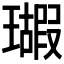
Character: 𱯵